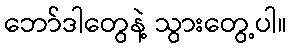
ဘော်ဒါတွေနဲ့ သွားတွေ့ပါ။